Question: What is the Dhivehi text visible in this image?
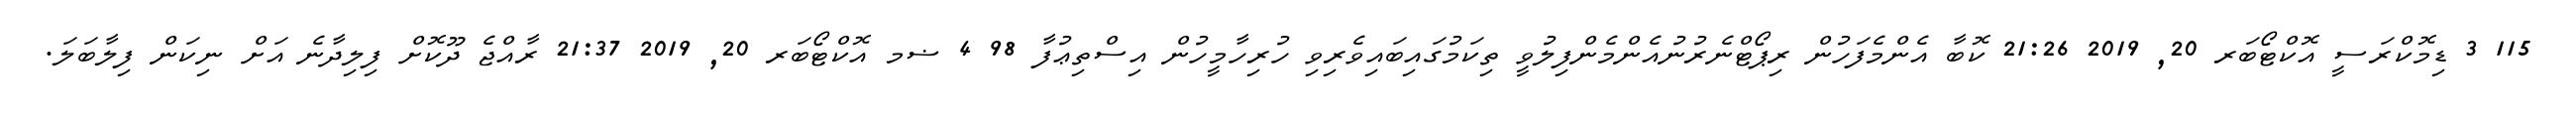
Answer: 115 3 ޑިމޮކްރަސީ އޮކްޓޯބަރ 20, 2019 21:26 ކޮބާ އެންމެފަހުން ރިޕޯޓްނެރުނުއެންމެންފިލުވީ ތިކަމުގައިބައިވެރިވި ހުރިހާމީހުން އިސްތިޢުފާ 98 4 ޟމ އޮކްޓޯބަރ 20, 2019 21:37 ރާއްޖެ ދޫކޮށް ފިލިދާނެ އަށް ނިކަން ފިލާބަލަ.